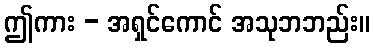
ဤကား - အရှင်ကောင် အသုဘဘည်း။